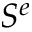
S ^ { e }